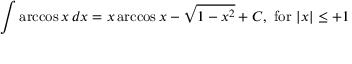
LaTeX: \int \operatorname { a r c c o s } { x } \, d x = x \operatorname { a r c c o s } { x } - { \sqrt { 1 - x ^ { 2 } } } + C , { \mathrm { ~ f o r ~ } } \vert x \vert \leq + 1